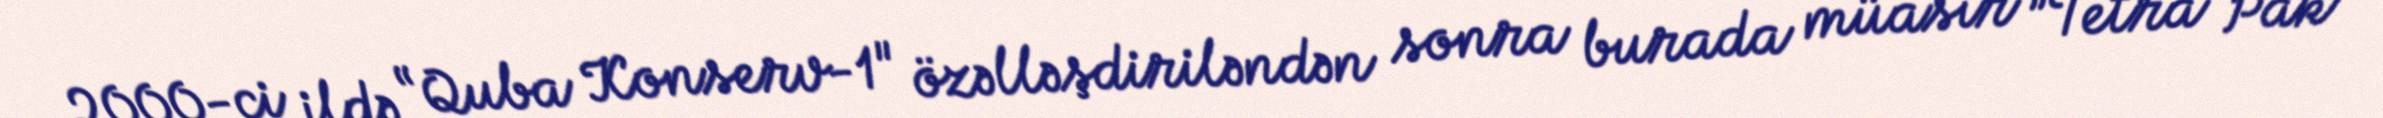
2000-ci ildə “Quba Konserv-1" özəlləşdiriləndən sonra burada müasir ”Tetra Pak"